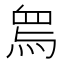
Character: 𤉱